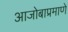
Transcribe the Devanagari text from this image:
आजोबाप्रमाणे